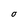
Character: O